Civil Veterinary Dept. Bombay admin report 1914-1922 - 1914-1922
Year: 1914
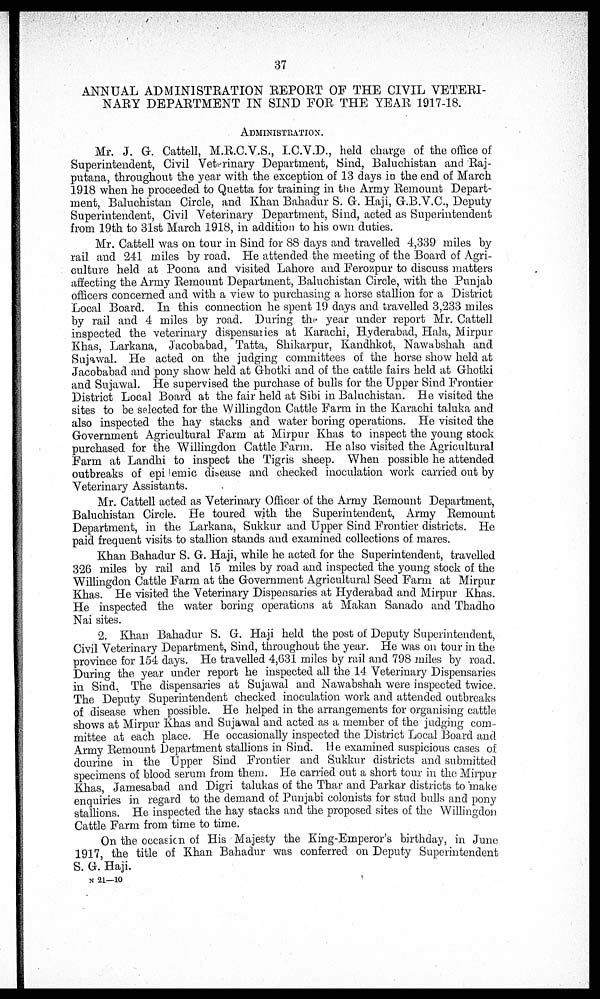
37
ANNUAL ADMINISTRATION REPORT OF THE CIVIL VETERI-
NARY DEPARTMENT IN SIND FOR THE YEAR 1917-18.
ADMINISTRATION.
Mr. J. G. Cattell, M.R.C.V.S., I.C.V.D., held charge of the office of
Superintendent, Civil Veterinary Department, Sind, Baluchistan and Raj-
putana, throughout the year with the exception of 13 days in the end of March
1918 when he proceeded to Quetta for training in the Army Remount Depart-
ment, Baluchistan Circle, and Khan Bahadur S. G. Haji, G.B.V.C, Deputy
Superintendent, Civil Veterinary Department, Sind, acted as Superintendent
from 19th to 31st March 1918, in addition to his own duties.
Mr. Cattell was on tour in Sind for 88 days and travelled 4,339 miles by
rail and 241 miles by road. He attended the meeting of the Board of Agri-
culture held at Poona and visited Lahore and Ferozpur to discuss matters
affecting the Army Remount Department, Baluchistan Circle, with the Punjab
officers concerned and with a view to purchasing a horse stallion for a District
Local Board. In this connection he spent 19 days and travelled 3,233 miles
by rail and 4 miles by road. During the year under report Mr. Cattell
inspected the veterinary dispensaries at Karachi, Hyderabad, Hala, Mirpur
Khas, Larkana, Jacobabad, Tatta, Shikarpur, Kandhkot, Nawabshah and
Sujawal. He acted on the judging committees of the horse show held at
Jacobabad and pony show held at Ghotki and of the cattle fairs held at Ghotki
and Sujawal. He supervised the purchase of bulls for the Upper Sind Frontier
District Local Board at the fair held at Sibi in Baluchistan. He visited the
sites to be selected for the Willingdon Cattle Farm in the Karachi taluka and
also inspected the hay stacks and water boring operations. He visited the
Government Agricultural Farm at Mirpur Khas to inspect the young stock
purchased for the Willingdon Cattle Farm. He also visited the Agricultural
Farm at Landhi to inspect the Tigris sheep. When possible he attended
outbreaks of epidemic disease and checked inoculation work carried out by
Veterinary Assistants.
Mr. Cattell acted as Veterinary Officer of the Army Remount Department,
Baluchistan Circle. He toured with the Superintendent, Army Remount
Department, in the Larkana, Sukkur and Upper Sind Frontier districts. He
paid frequent visits to stallion stands and examined collections of mares.
Khan Bahadur S. G. Haji, while he acted for the Superintendent, travelled
326 miles by rail and 15 miles by road and inspected the young stock of the
Willingdon Cattle Farm at the Government Agricultural Seed Farm at Mirpur
Khas. He visited the Veterinary Dispensaries at Hyderabad and Mirpur Khas.
He inspected the water boring operations at Makan Sanado and Thadho
Nai sites.
2. Khan Bahadur S. G. Haji held the post of Deputy Superintendent,
Civil Veterinary Department, Sind, throughout the year. He was on tour in the
province for 154 days. He travelled 4,631 miles by rail and 798 miles by road.
During the year under report he inspected all the 14 Veterinary Dispensaries
in Sind. The dispensaries at Sujawal and Nawabshah were inspected twice.
The Deputy Superintendent checked inoculation work and attended outbreaks
of disease when possible. He helped in the arrangements for organising cattle
shows at Mirpur Khas and Sujawal and acted as a member of the judging com-
mittee at each place. He occasionally inspected the District Local Board and
Army Remount Department stallions in Sind. He examined suspicious cases of
dourine in the Upper Sind Frontier and Sukkur districts and submitted
specimens of blood serum from them. He carried out a short tour in the Mirpur
Khas, Jamesabad and Digri talukas of the Thar and Parkar districts to make
enquiries in regard to the demand of Punjabi colonists for stud bulls and pony
stallions. He inspected the hay stacks and the proposed sites of the Willingdon
Cattle Farm from time to time.
On the occasion of His Majesty the King-Emperor's birthday, in June
1917, the title of Khan Bahadur was conferred on Deputy Superintendent
S. G. Haji.
N 21—10